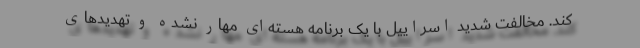
کند. مخالفت شدید اسراییل با یک برنامه هسته‌ای مهار نشده و تهدیدهای